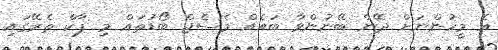
އެ މީހުންނަށް ދޭން ބޭނުންވާ ބައެއް މެސެޖް ބޯޑުތައް މި ޕާކް ތެރޭގައި